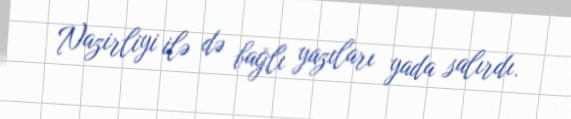
Nazirliyi ilə də bağlı yazıları yada salırdı.